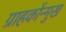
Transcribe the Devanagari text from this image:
ग्राहकोंन्‍मुख